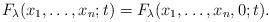
LaTeX: \begin{align*}F_\lambda (x_1,\dots, x_n;t)=F_\lambda (x_1,\dots, x_n, 0;t).\end{align*}